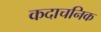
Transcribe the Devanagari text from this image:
कदाचनिक